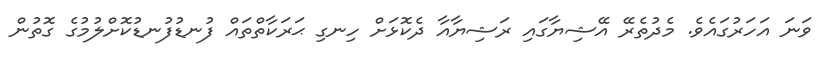
ވަނަ އަހަރުގައެވެ. މެދުތެރޭ އޭޝިޔާގައި ރަޝިޔާއާ ދެކޮޅަށް ހިނގި ޙަރަކާތްތައް ފުނޑުފުނޑުކޮށްލުމުގެ ގޮތުން